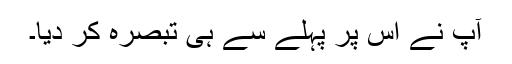
آپ نے اس پر پہلے سے ہی تبصرہ کر دیا۔